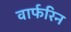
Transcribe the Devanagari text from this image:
वार्फरिन